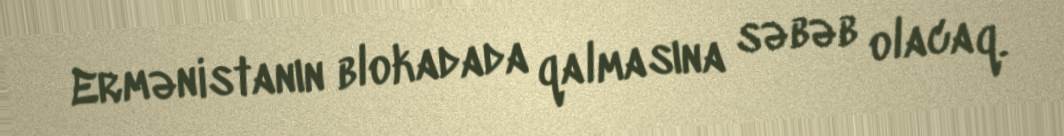
Ermənistanın blokadada qalmasına səbəb olacaq.